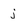
Character: j